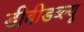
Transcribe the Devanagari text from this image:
डीबीडब्ल्यू